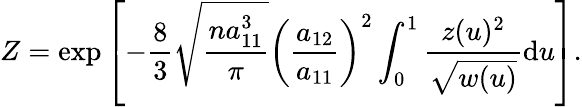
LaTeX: Z=\mathrm{exp}\left[-\frac{8}{3}\sqrt{\frac{na_{11}^{3}}{\pi}}\left(\frac{a_{12}}{a_{11}}\right)^{2}\int_{0}^{1}\frac{z(u)^{2}}{\sqrt{w(u)}}\mathrm{d}u\right].